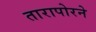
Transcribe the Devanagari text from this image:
तारापोरने